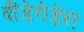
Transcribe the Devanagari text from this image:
दौंडेगेडेरा